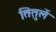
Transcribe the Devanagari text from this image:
तितुलें